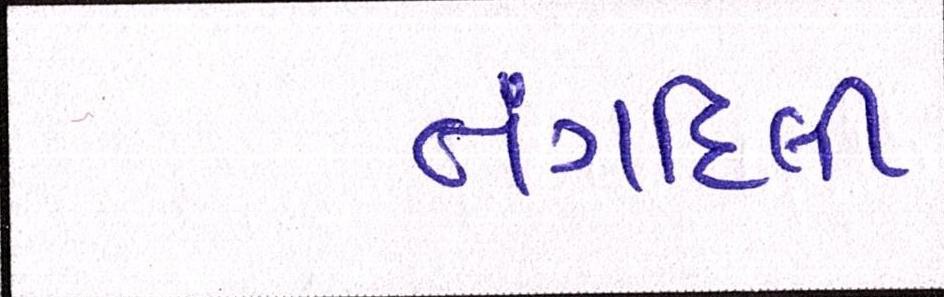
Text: તંગદિલી